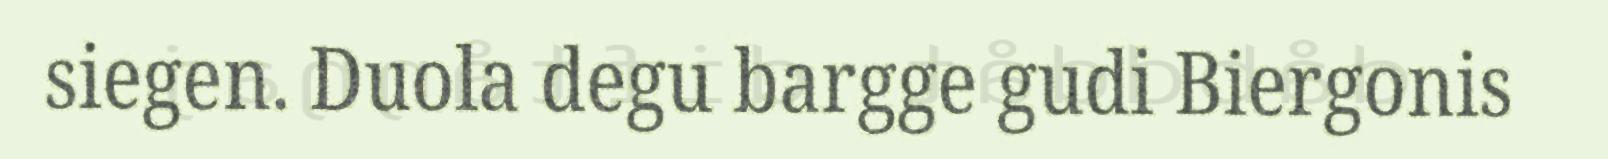
siegen. Duola degu bargge gudi Biergonis